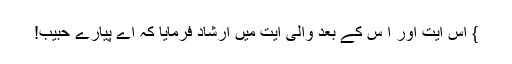
} اس آیت اور ا س کے بعد والی آیت میں ارشاد فرمایا کہ اے پیارے حبیب!